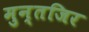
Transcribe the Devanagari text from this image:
मुन्तजिर